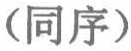
（同序）